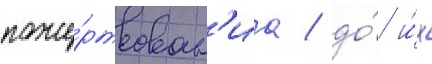
поже́ртвован'иа / до́ и́х